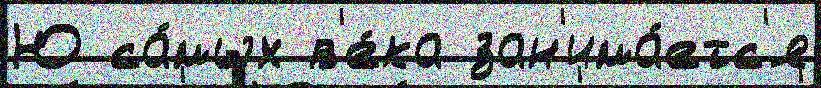
Ю са́мых в'е́ка зан'има́етс'я